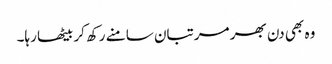
وہ بھی دن بھر مرتبان سامنے رکھ کر بیٹھا رہا۔